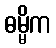
ဓမ္မိက